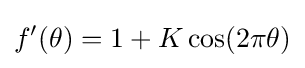
f'(\theta )=1+K\cos(2\pi \theta )